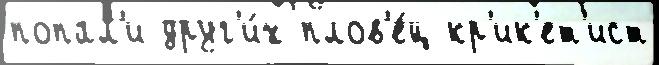
попал'и друг'и́х плов'е́ц кр'ик'ет'ист